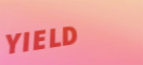
YIELD